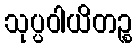
သုပ္ပဝါယိတဉ္စ